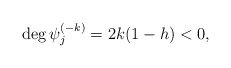
\begin{align*}{\rm deg}\,\psi_j^{(-k)}=2k(1-h)<0,\end{align*}